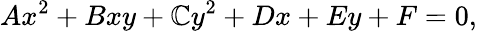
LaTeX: Ax^{2}+Bxy+\mathbb{C}y^{2}+Dx+Ey+F=0,